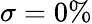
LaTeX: \sigma=0\%